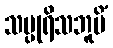
သပ္ပုရိသဘူမိံ